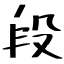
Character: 段